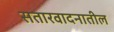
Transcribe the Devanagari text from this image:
सतारवादनातील